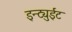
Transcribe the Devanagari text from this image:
इन्ट्युईट